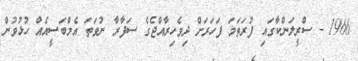
1966 - ސްރީލަންކާގައި ފުރަތަމަ ފަހަރަށް ދިވެހިރާއްޖެގެ ސަފާރާ ނުވަތަ އެމްބަސީއެއް ހުޅުވުން